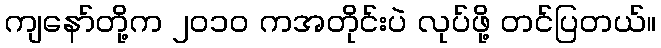
ကျနော်တို့က ၂၀၁၀ ကအတိုင်းပဲ လုပ်ဖို့ တင်ပြတယ်။